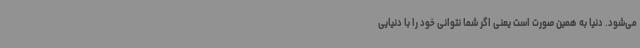
می‌شود. دنیا به همین صورت است یعنی اگر شما نتوانی خود را با دنیایی